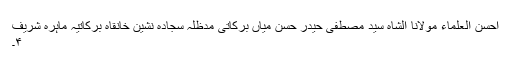
احسن العلماء مولانا الشاہ سید مصطفیٰ حیدر حسن میاں برکاتی مدظلہٗ سجادہ نشین خانقاہ برکاتیہ ماہرہ شریف
۴۔